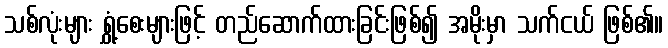
သစ်လုံးများ ရွှံ့စေးများဖြင့် တည်ဆောက်ထားခြင်းဖြစ်၍ အမိုးမှာ သက်ငယ် ဖြစ်၏။